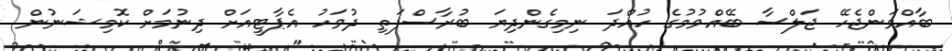
ބާއްވަންޖެހޭ ޖަލްސާ ބޭއްވުމުގެ ހުއްދަ ނިމިގެންދިޔަ ބުރާސްފަތި ދުވަހު އެޕާޓީއަށް ދިނުމަށް ކޮމިޝަނުން